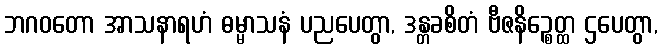
ဘဂဝတော အာသနာရဟံ ဓမ္မာသနံ ပညပေတွာ, ဒန္တခစိတံ ဗီဇနိဉ္စေတ္ထ ဌပေတွာ,